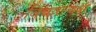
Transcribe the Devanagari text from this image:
विचारल्यवर